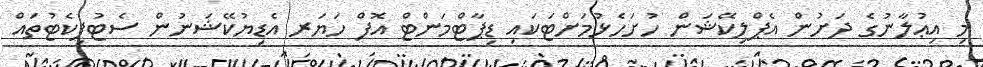
މި އިޢުލާނުގެ ދަށުން އެޕްލިކޭޝަން ހުށަހެޅުމަށްޓަކައި ޑިޕާޓްމަންޓް އޮފް ހަޔަރ އެޑިޔުކޭޝަނުން ސެޓުފިކެޓުތައް